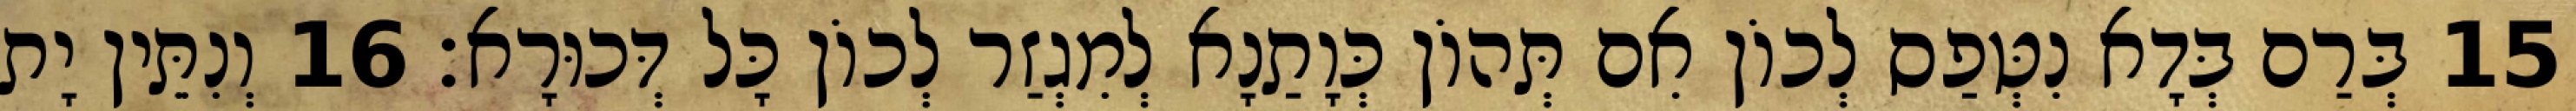
15 בְּרַם בְּדָא נִטְּפַס לְכוֹן אִם תְּהוֹן כְּוָתַנָא לְמִגְזַר לְכוֹן כָּל דְּכוּרָא׃ 16 וְנִתֵּין יָת